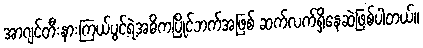
အာဂျင်တီးနားကြယ်ပွင့်ရဲ့အဓိကပြိုင်ဘက်အဖြစ် ဆက်လက်ရှိနေဆဲဖြစ်ပါတယ်။